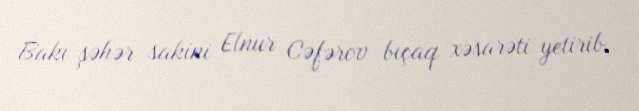
Bakı şəhər sakini Elnur Cəfərov bıçaq xəsarəti yetirib.